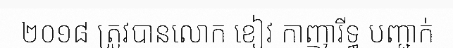
២០១៨ ត្រូវបានលោក ខៀវ កាញារីទ្ធ បញ្ជាក់